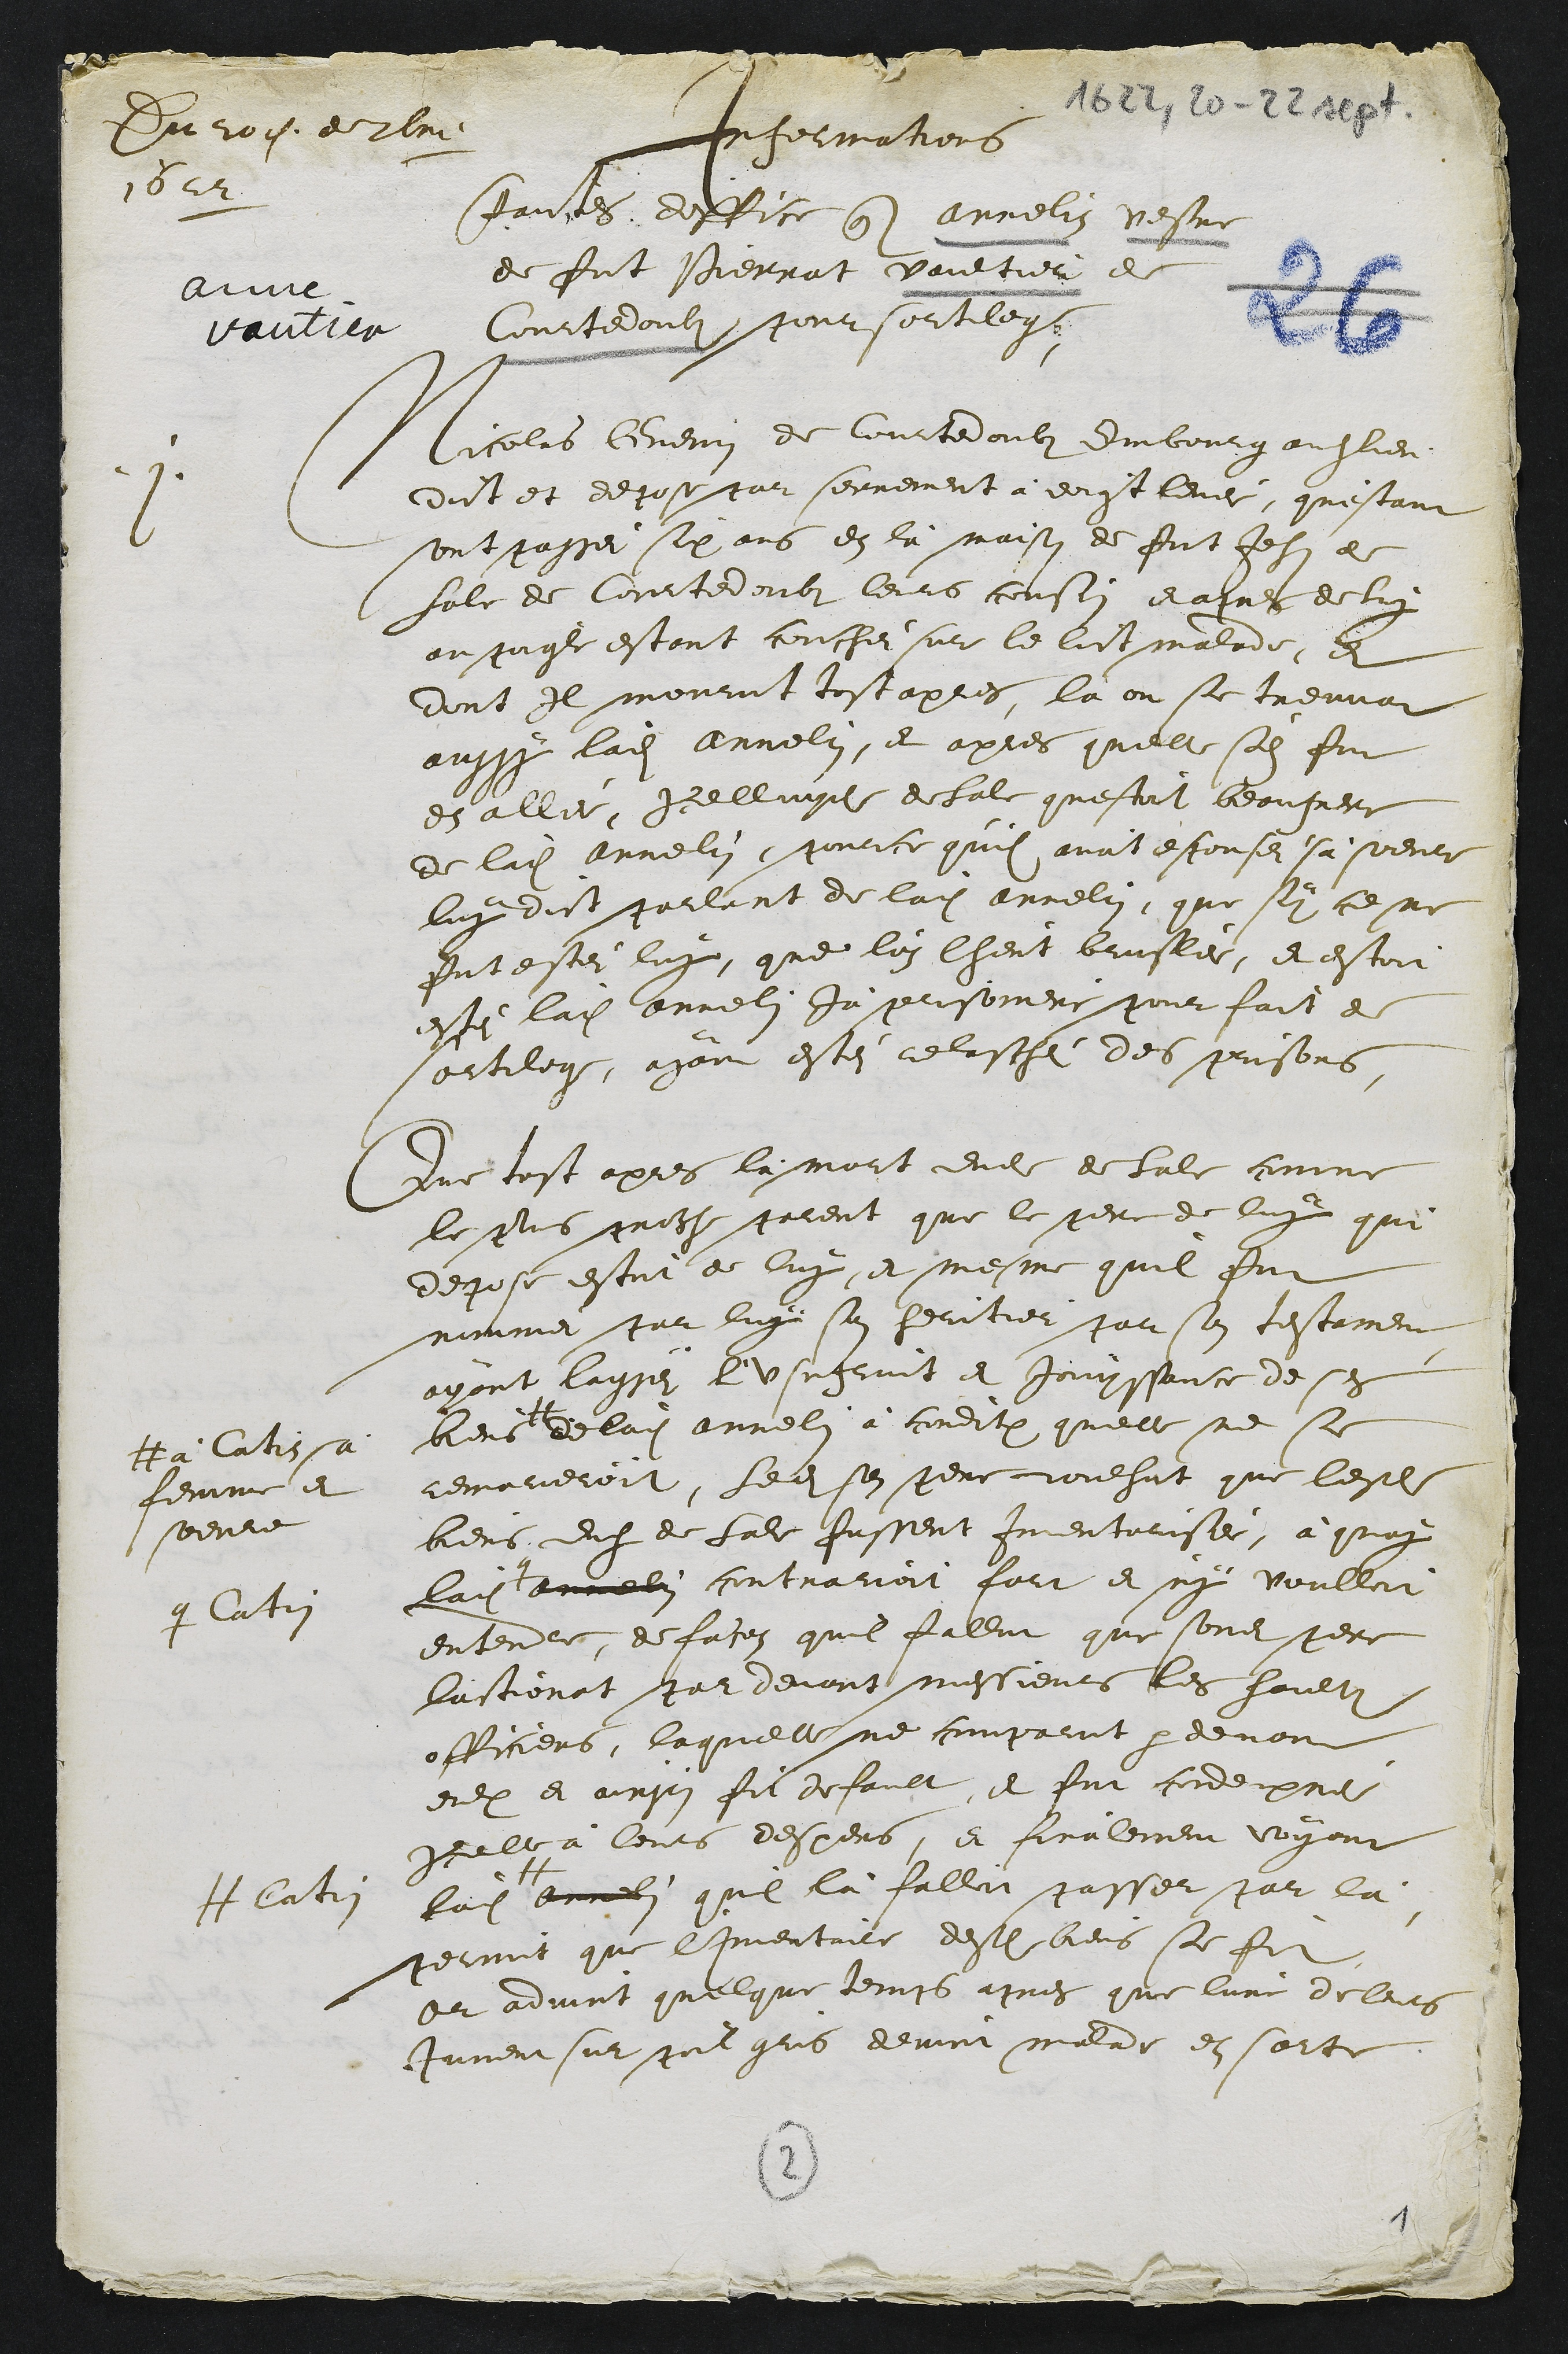
1622, 20-22 sept.
Du 20e de 7bre
1622
Informations
Faictes doffice contre Annelin vesve
de fut Pierrat Vaultier de
Courtedoubs pour sortilege

1. Nicolas Guenin de Courtedoubs, Embourg auditlieu
dict et depose par serrement à doigt levei, qu'estant
sont passei six ans en là maison de fut Jehan de
Sale de Courtedoubs leurs cousin enpres de luy
au poigle estant couchei sur le lict malade, et
dont Il mourut tost apres, la ou se treuvat
aussy ladite Annelin, et apres quelle s'en fut
en allée, Icelluye de Sale questoit beaufrere
de ladite Annelin, pource quil avoit espousei sà soeur
luy dict parlant de ladite Annelin, que sy ce ne
fut estei luy, que lui l'heust bruslée, et estoit
esté ladite Annelin Jà prisoniere pour fait de
sortilege, ayant estei relaschei des prisons,
Que tost apres la mort dudit de Sale comme
le plus proche parent que le pere de luy qui
depose estoit de luy, et mesme quil fut
nommei par luy son heritier par son testament
ayant laissei l'usufruit et Jouyssance de ses
biens  #
# à Catin sa
femme et
soeure
de ladite annelin à condition quelle ne se
remarieroit, Ledit son père voulsut que lesdits
biens dudit de Sale fussent Inventorisei, à quoy
ladite q
q Catin
Annelin contrarioit fort et n'y voulloit
entendre, de facon quil fallut que sondit pere
lactionat par devant messieurs les haults
officiers, laquelle ne comparut par devant
eulx et ainsy fit default, et fut condempnei
icelle à leurs despens, et finalement voyant
ladite #
# Catin
Annelin quil là falloit passer par là,
permit que l'Inventaire desdits biens se fit
Or advint quelque temps apres que l'une de leurs
Jument sur poil gris devint malade en sorte

2
1